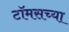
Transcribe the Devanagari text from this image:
टॉमसच्या